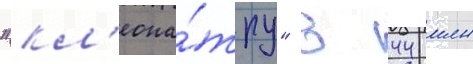
"кл'еопа́тру" в 44 млн